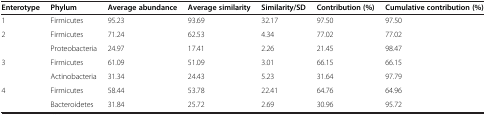
<table><thead><tr><td><b>Enterotype</b></td><td><b>Phylum</b></td><td><b>Average abundance</b></td><td><b>Average similarity</b></td><td><b>Similarity/SD</b></td><td><b>Contribution (%)</b></td><td><b>Cumulative contribution (%)</b></td></tr></thead><tbody><tr><td>1</td><td>Firmicutes</td><td>95.23</td><td>93.69</td><td>32.17</td><td>97.50</td><td>97.50</td></tr><tr><td>2</td><td>Firmicutes</td><td>71.24</td><td>62.53</td><td>4.34</td><td>77.02</td><td>77.02</td></tr><tr><td> </td><td>Proteobacteria</td><td>24.97</td><td>17.41</td><td>2.26</td><td>21.45</td><td>98.47</td></tr><tr><td>3</td><td>Firmicutes</td><td>61.09</td><td>51.09</td><td>3.01</td><td>66.15</td><td>66.15</td></tr><tr><td> </td><td>Actinobacteria</td><td>31.34</td><td>24.43</td><td>5.23</td><td>31.64</td><td>97.79</td></tr><tr><td>4</td><td>Firmicutes</td><td>58.44</td><td>53.78</td><td>22.41</td><td>64.76</td><td>64.96</td></tr><tr><td> </td><td>Bacteroidetes</td><td>31.84</td><td>25.72</td><td>2.69</td><td>30.96</td><td>95.72</td></tr></tbody></table>